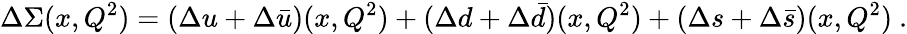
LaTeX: \Delta\Sigma(x,Q^{2})=(\Delta u+\Delta\bar{u})(x,Q^{2})+(\Delta d+\Delta\bar{d})(x,Q^{2})+(\Delta s+\Delta\bar{s})(x,Q^{2})~.